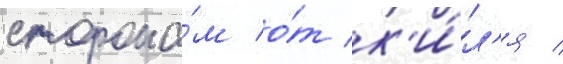
сторона́м о́т к'и́л'я /